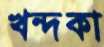
খন্দকা